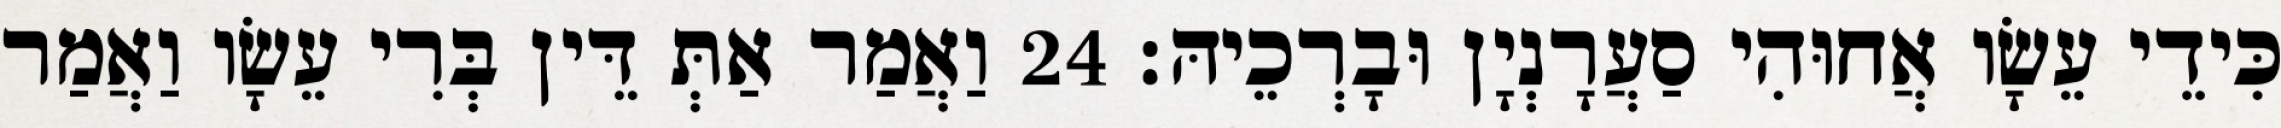
כִּידֵי עֵשָׂו אֲחוּהִי סַעֲרָנְיָן וּבָרְכֵיהּ׃ 24 וַאֲמַר אַתְּ דֵּין בְּרִי עֵשָׂו וַאֲמַר